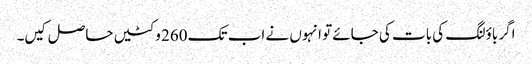
اگر باؤلنگ کی بات کی جائے تو انہوں نے اب تک 260 وکٹیں حاصل کیں۔